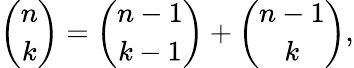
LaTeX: {\binom{n}{k}}={\binom{n-1}{k-1}}+{\binom{n-1}{k}},